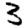
Digit: 3